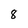
Character: 8